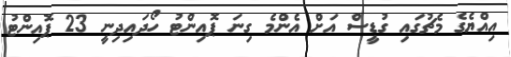
އިއްޔެގެ މެޗުގައި ގުޑީސް އަށް އެންމެ ގިނަ ޕޮއިންޓު ހޯދައިދިނީ 23 ޕޮއިންޓު